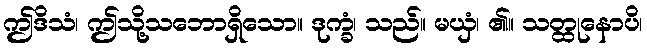
ဤဒိသံ၊ ဤသို့သဘောရှိသော။ ဒုက္ခံ၊ သည်။ မယှံ၊ ၏။ သတ္ထုနောပိ၊